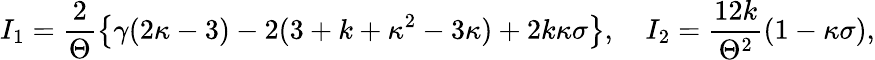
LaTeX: I_{1}=\frac{2}{\Theta}\left\{ \gamma(2\kappa-3)-2(3+k+\kappa^{2}-3\kappa)+2k\kappa\sigma\right\} ,\quad I_{2}=\frac{12k}{\Theta^{2}}(1-\kappa\sigma),